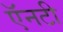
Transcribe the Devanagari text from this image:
ऍनटी